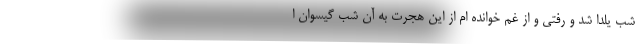
شب یلدا شد و رفتی و از غم خوانده ام از این هجرت به آن شب گیسوان ا